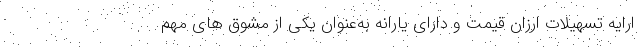
ارایه تسهیلات ارزان قیمت و دارای یارانه به‌عنوان یکی از مشوق های مهم